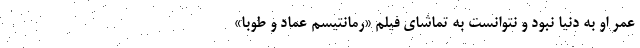
عمر او به دنیا نبود و نتوانست به تماشای فیلم «رمانتیسم عماد و طوبا»